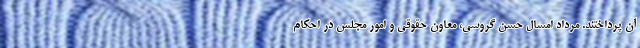
آن پرداختند. مرداد امسال حسن گروسی، معاون حقوقی و امور مجلس در احکام